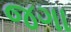
જગા